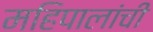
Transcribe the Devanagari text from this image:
महिपालांची